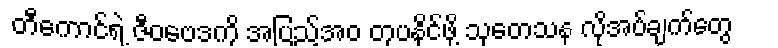
တီကောင်ရဲ့ ဇီဝဗေဒကို အပြည့်အဝ တုပနိုင်ဖို့ သုတေသန လိုအပ်ချက်တွေ